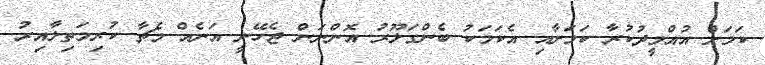
ކަމަށް އުއްމީދުކުރާ ކަމަށާއި އެކަމަކު ބެންގަލޫރު އޮންނަން ޖެހޭނީ އަނެއް މެޗާ ކުރިމަތިލާއިރު